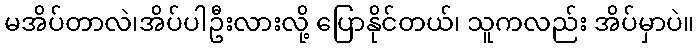
မအိပ်တာလဲ၊အိပ်ပါဦးလားလို့ ပြောနိုင်တယ်၊ သူကလည်း အိပ်မှာပဲ။